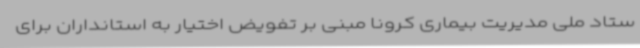
ستاد ملی مدیریت بیماری کرونا مبنی بر تفویض اختیار به استانداران برای